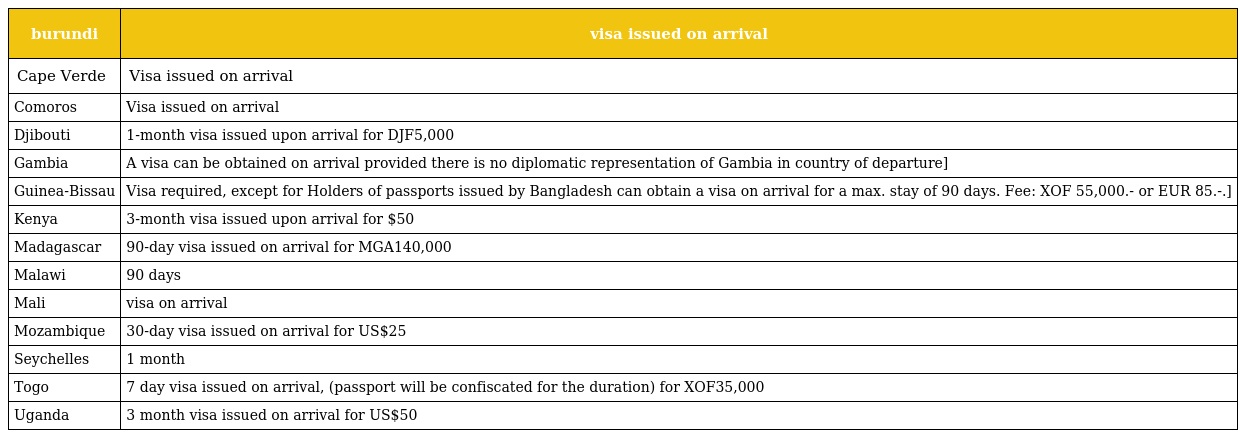
| burundi | visa issued on arrival |
 | --- | --- |
 | Cape Verde | Visa issued on arrival |
 | Comoros | Visa issued on arrival |
 | Djibouti | 1-month visa issued upon arrival for DJF5,000 |
 | Gambia | A visa can be obtained on arrival provided there is no diplomatic representation of Gambia in country of departure] |
 | Guinea-Bissau | Visa required, except for Holders of passports issued by Bangladesh can obtain a visa on arrival for a max. stay of 90 days. Fee: XOF 55,000.- or EUR 85.-.] |
 | Kenya | 3-month visa issued upon arrival for $50 |
 | Madagascar | 90-day visa issued on arrival for MGA140,000 |
 | Malawi | 90 days |
 | Mali | visa on arrival |
 | Mozambique | 30-day visa issued on arrival for US$25 |
 | Seychelles | 1 month |
 | Togo | 7 day visa issued on arrival, (passport will be confiscated for the duration) for XOF35,000 |
 | Uganda | 3 month visa issued on arrival for US$50 |